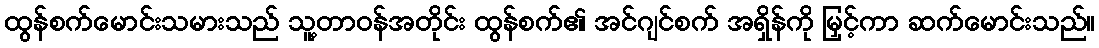
ထွန်စက်မောင်းသမားသည် သူ့တာဝန်အတိုင်း ထွန်စက်၏ အင်ဂျင်စက် အရှိန်ကို မြှင့်ကာ ဆက်မောင်းသည်။